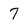
Character: 7